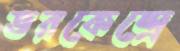
ভরকেন্দ্রে